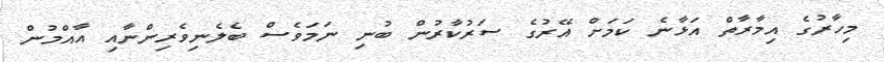
މިހާރުގެ އިމާރާތް އަޅާނެ ކަމަށް އޭރުގެ ސަރުކާރުން ބުނި ނަމަވެސް ބެލެނިވެރިންނާއި އާއްމުން